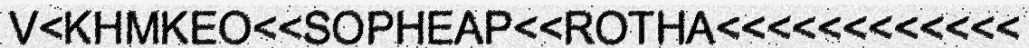
V<KHMKEO<<SOPHEAP<<ROTHA<<<<<<<<<<<<